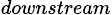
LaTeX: _{downstream}